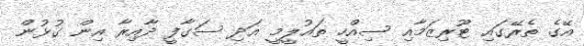
އޭގެ ތެރޭގައި ޓޫރިޒަމާއި ސިއްހީ ތައުލީމީ އަދި ސަގާފީ ދާއިރާ އިން ގުޅުން